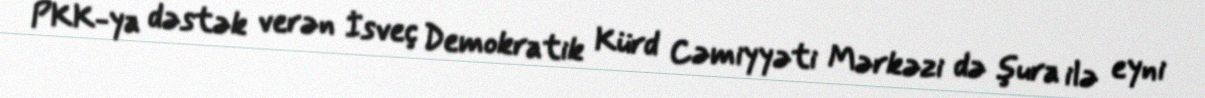
PKK-ya dəstək verən İsveç Demokratik Kürd Cəmiyyəti Mərkəzi də şura ilə eyni